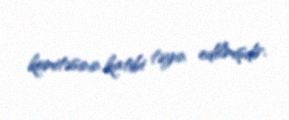
komitəsinin katibi təyin edilmişdir.